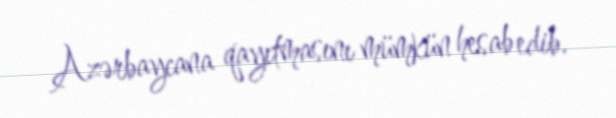
Azərbaycana qayıtmasını mümkün hesab edib.